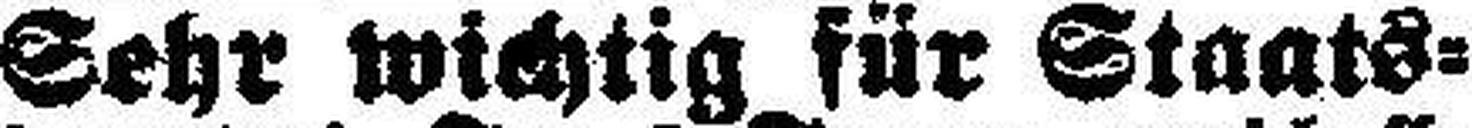
Sehr wichtig für Staats¬